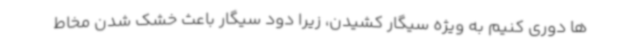
ها دوری کنیم به ویژه سیگار کشیدن، زیرا دود سیگار باعث خشک شدن مخاط